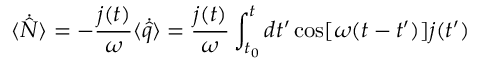
\langle \dot { \hat { N } } \rangle = - \frac { j ( t ) } { \omega } \langle \dot { \hat { q } } \rangle = \frac { j ( t ) } { \omega } \int _ { t _ { 0 } } ^ { t } d t ^ { \prime } \cos [ \omega ( t - t ^ { \prime } ) ] j ( t ^ { \prime } )